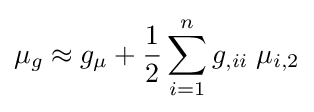
\mu _{g}\approx g_{\mu }+{\frac {1}{2}}\sum _{i=1}^{n}g_{,ii}\;\mu _{i,2}